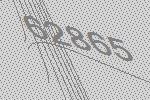
62865